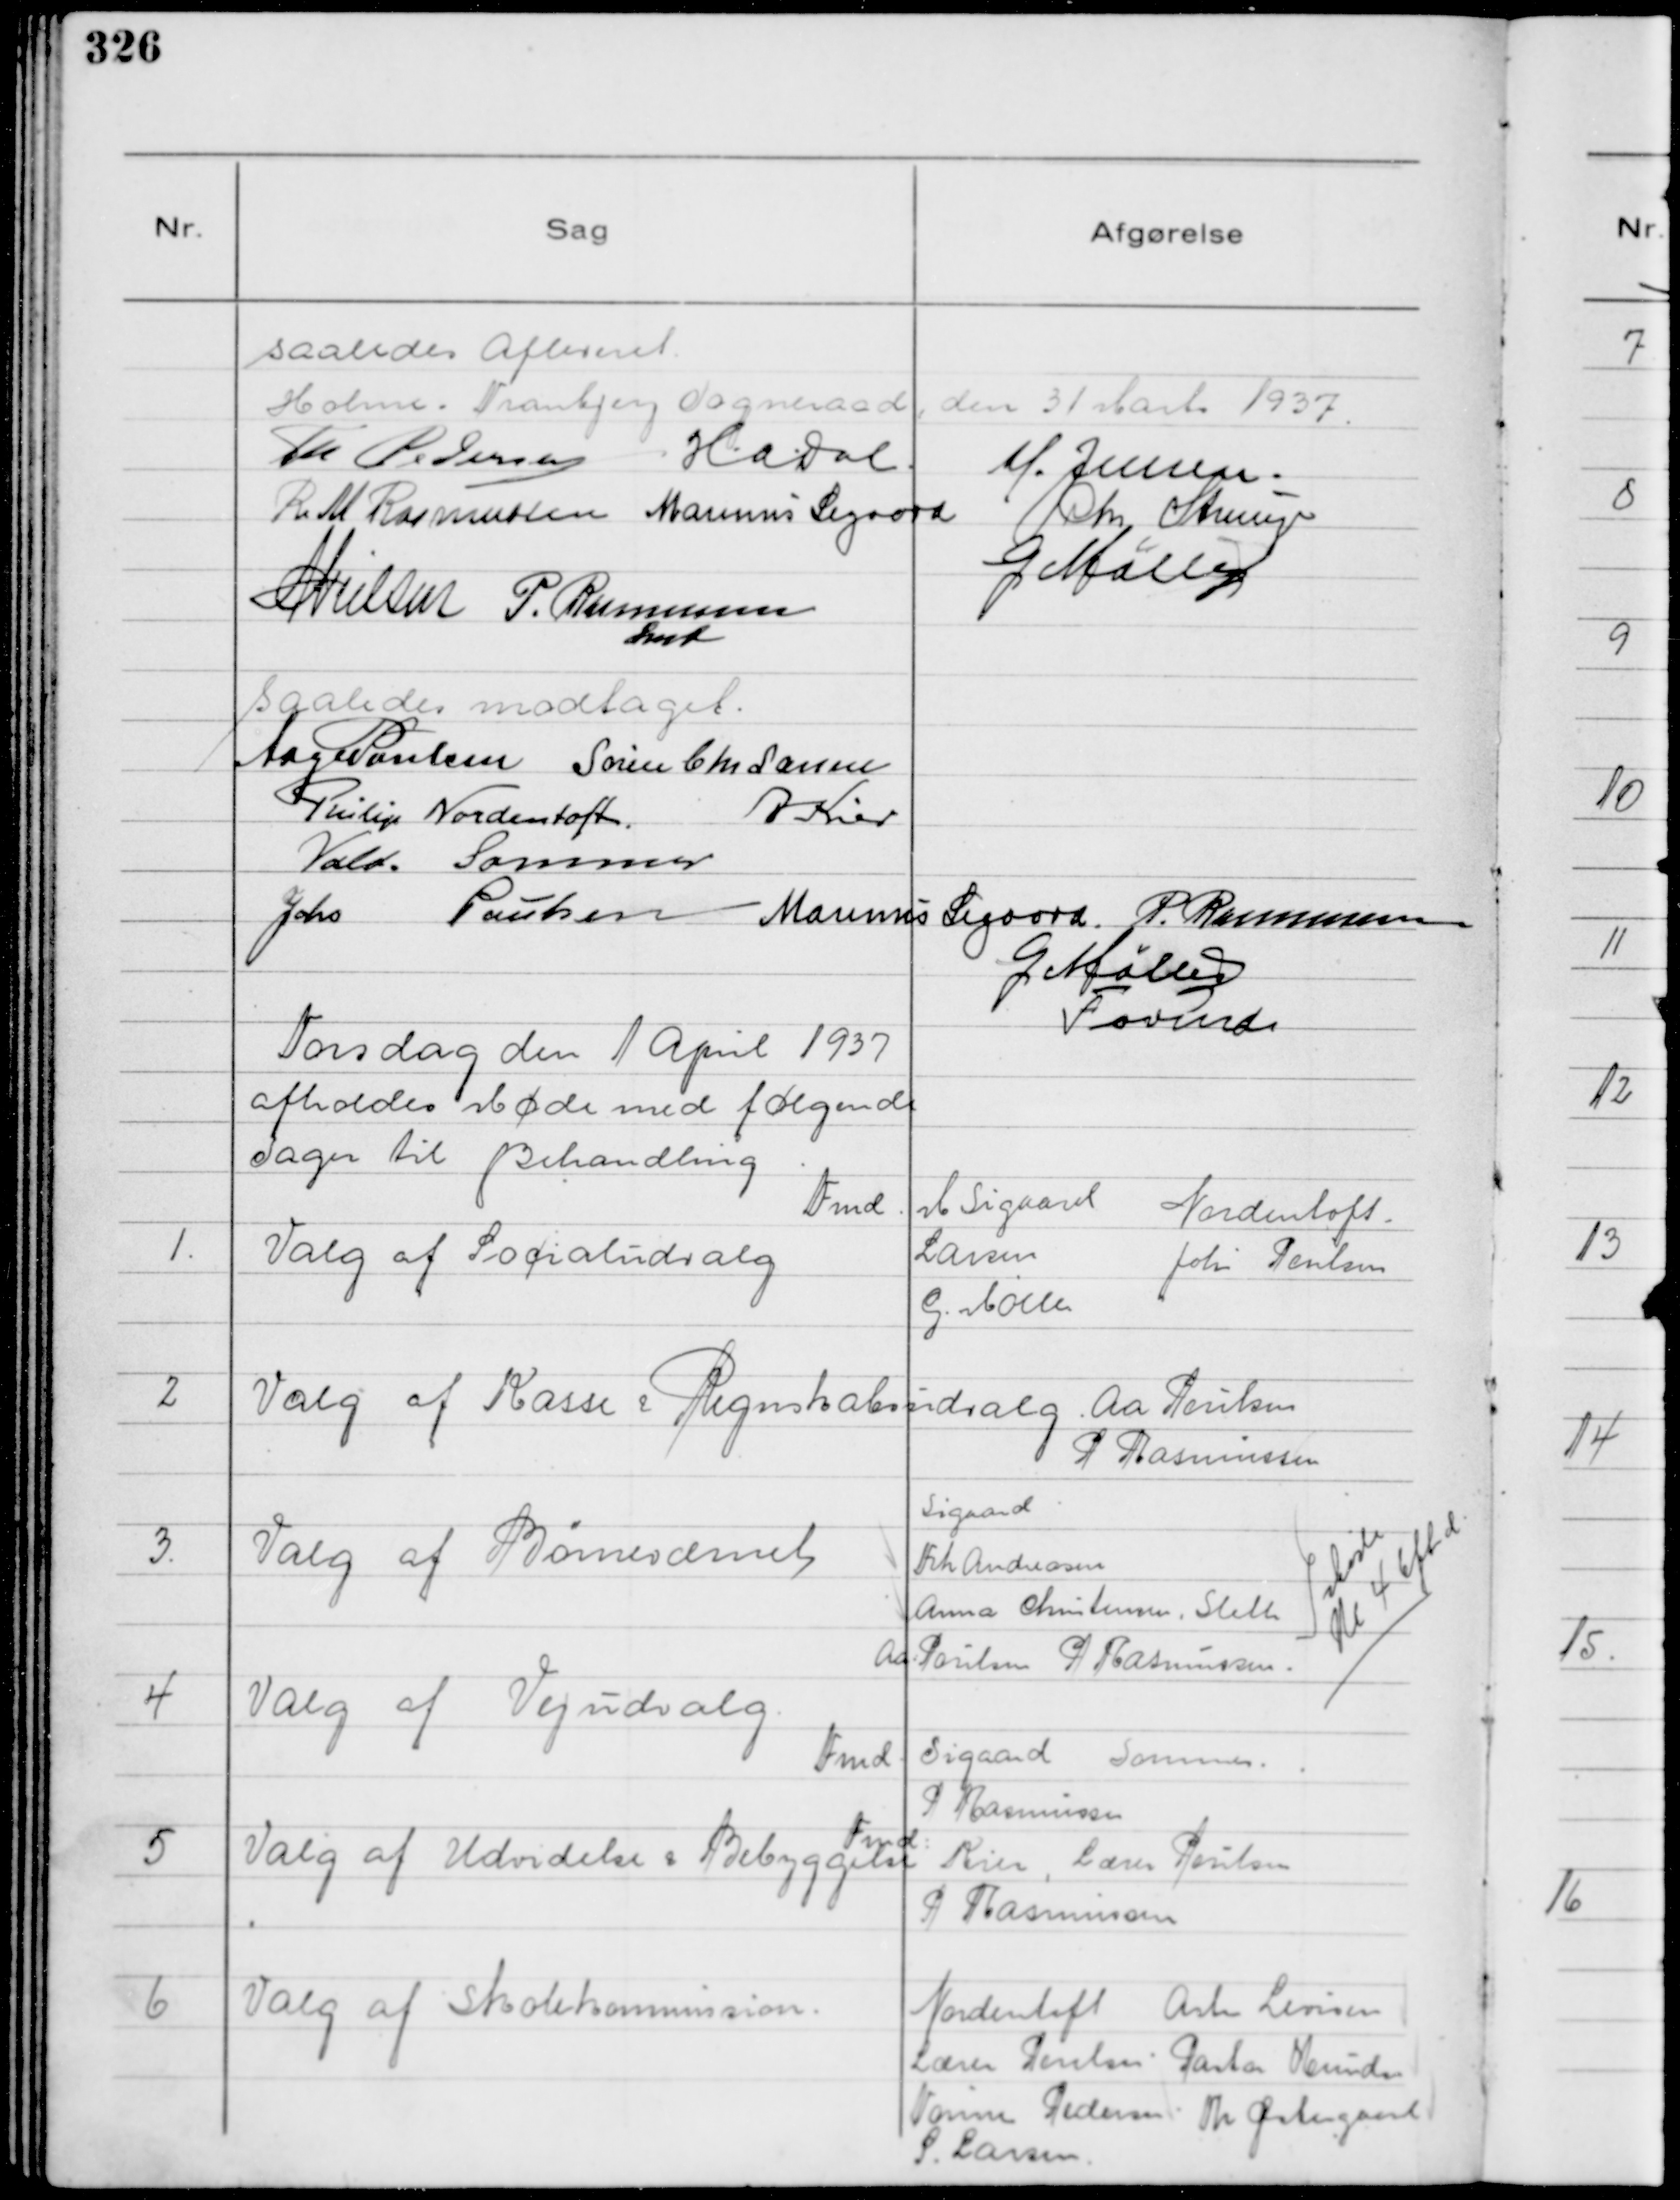
Transskription:
saaledes Afleveret
Holme - Tranbjerg Sogneraad den 31 Marts 1937.
Th Pedersen
H.a.dal.
M. Jensen.
R M Rasmussen
Marinus Sigaard
Chr Strunge
G Møller
N Nielsen
P. Rasmussen
Fmd

saaledes modtaget.
Aage Poulsen
Søren Chr Larsen
Philip Nordentoft
A Kier
Vald. Sommer
Johs Poulsen
Marinus Sigaard
P. Rasmussen
G Møller
Formd

Torsdag den 1 April 1937
afholdes Møde med følgende
Sager til Behandling

1.
Valg af Socialudvalg

Fmd M Sigaard
Nordentoft.
Larsen
Johs Poulsen
G. Møller

2
Valg af Kasse & Regnskabsudvalg

Aa Poulsen
P Rasmussen

3.
Valg af Børnevæsnet

Sigaard
Frk Andreasen
Anna Christensen, Sleth
Møde
Kl 4 Eftmd.
Aa: Poulsen P Rasmussen.

4
Valg af Vejudvalg.

Fmd. Sigaard Sommer
P Rasmussen

5
Valg af Udvidelse & Bebyggelse

Fmd:
Kier, Lærer Poulsen
P Rasmussen

6
Valg af Skolekommission.

Nordentoft Asta Levisen
Lærer Poulsen Pastor Knudsen
Hanne Pedersen Th Østergaard
S. Larsen